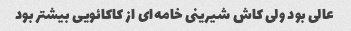
عالی بود ولی کاش شیرینی خامه‌ای از کاکائویی بیشتر بود